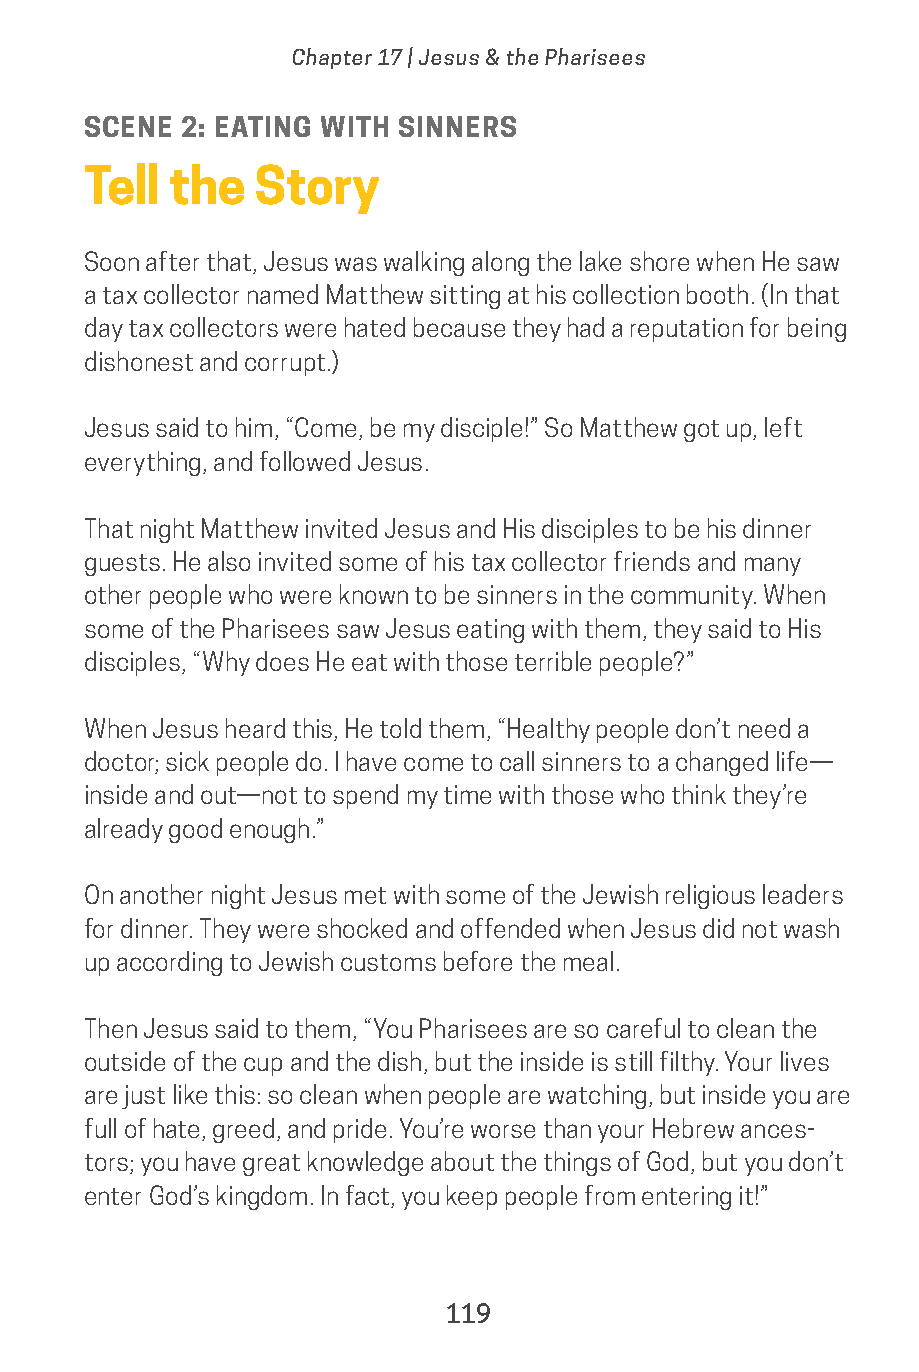
Chapter 17 | Jesus & the Pharisees
 SCENE  2: EATING WITH SINNERS
 Tell  the  Story
 Soon after that, Jesus was walking along the lake shore when He saw
 a tax collector named Matthew sitting at his collection booth. (In that
 day tax collectors were hated because they had a reputation for being
 dishonest and corrupt.)
 Jesus said to him, “Come, be my disciple!” So Matthew got up, left
 everything, and followed Jesus.
 That night Matthew invited Jesus and His disciples to be his dinner
 guests. He also invited some of his tax collector friends and many
 other people who were known to be sinners in the community. When
 some of the Pharisees saw Jesus eating with them, they said to His
 disciples, “Why does He eat with those terrible people?”
 When Jesus heard this, He told them, “Healthy people don’t need a
 doctor; sick people do. I have come to call sinners to a changed life—
 inside and out—not to spend my time with those who think they’re
 already good enough.”
 On another night Jesus met with some of the Jewish religious leaders
 for dinner. They were shocked and offended when Jesus did not wash
 up according to Jewish customs before the meal.
 Then Jesus said to them, “You Pharisees are so careful to clean the
 outside of the cup and the dish, but the inside is still filthy. Your lives
 are just like this: so clean when people are watching, but inside you are
 full of hate, greed, and pride. You’re worse than your Hebrew ances-
 tors; you have great knowledge about the things of God, but you don’t
 enter God’s kingdom. In fact, you keep people from entering it!”
 119
 saturate-story_of_god_kids-2.indd 119             8/10/17 10:11 PM